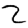
Digit: 2